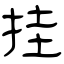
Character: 挂